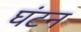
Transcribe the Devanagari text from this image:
घंटन